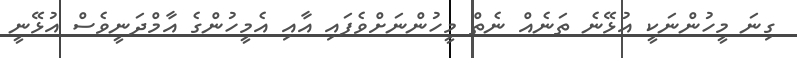
ގިނަ މީހުންނަކީ އުޅޭނެ ތަނެއް ނެތް މީހުންނަށްވެފައި އާއި އެމީހުންގެ އާމްދަނީވެސް އުޅޭނީ